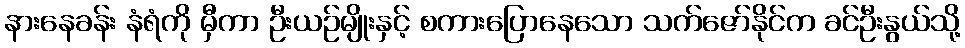
နားနေခန်း နံရံကို မှီကာ ဦးယဉ်မျိုးနှင့် စကားပြောနေသော သက်ဇော်နိုင်က ခင်ဦးနွယ်သို့